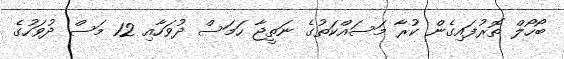
ބޯހޯލް ތޮރުފައިގެން ކުރާ މަސައްކަތުގެ ނަތީޖާ ހަމަސް ދުވަހާއި 12 މަސް ދުވަހުގެ